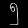
Digit: ၅